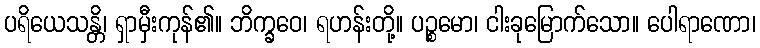
ပရိယေသန္တိ၊ ရှာမှီးကုန်၏။ ဘိက္ခဝေ၊ ရဟန်းတို့။ ပဉ္စမော၊ ငါးခုမြောက်သော။ ပေါရာဏော၊